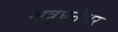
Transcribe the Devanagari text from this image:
शत्रुघनेश्वर